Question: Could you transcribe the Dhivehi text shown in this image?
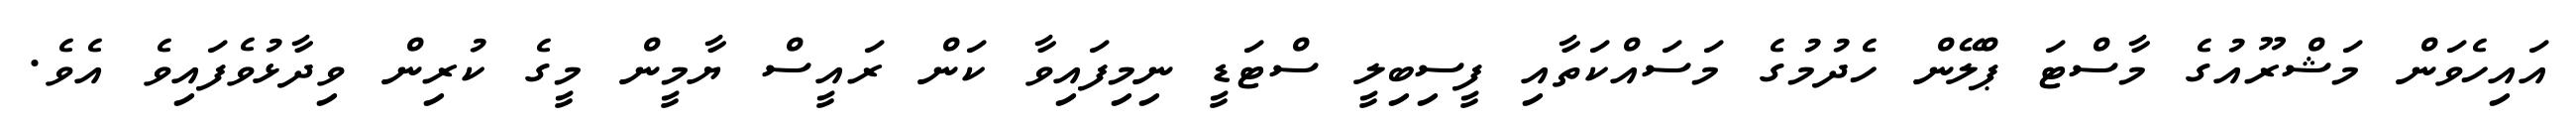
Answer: އައިހެވަން މަޝްރޫއުގެ މާސްޓަ ޕްލޭން ހެދުމުގެ މަސައްކަތާއި ފީސިބިލީ ސްޓަޑީ ނިމިފައިވާ ކަން ރައީސް ޔާމީން މީގެ ކުރިން ވިދާޅުވެފައިވެ އެވެ.